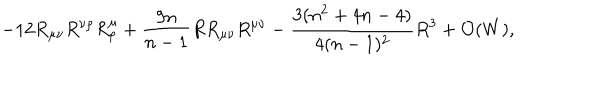
- 1 2 R _ { \mu \nu } R ^ { \nu \rho } R _ { \rho } ^ { \mu } + { \frac { 9 n } { n - 1 } } R R _ { \mu \nu } R ^ { \mu \nu } - { \frac { 3 ( n ^ { 2 } + 4 n - 4 ) } { 4 ( n - 1 ) ^ { 2 } } } R ^ { 3 } + { \cal O } ( W ) ,